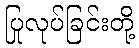
ပြုလုပ်ခြင်းတို့